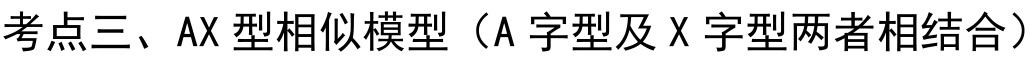
考点三、AX型相似模型（A字型及X字型两者相结合）